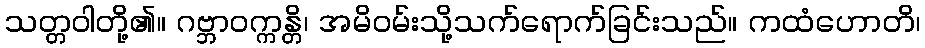
သတ္တဝါတို့၏။ ဂဗ္ဘာဝက္ကန္တိ၊ အမိဝမ်းသို့သက်ရောက်ခြင်းသည်။ ကထံဟောတိ၊